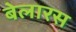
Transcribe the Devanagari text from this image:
बेलारस